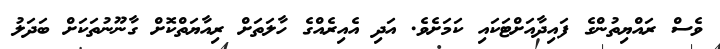
ވެސް ރައްޔިތުންގެ ފައިދާއަށްޓަކައި ކަމަށެވެ. އަދި އެއިރެއްގެ ހާލަތަށް ރިއާޔަތްކޮށް ގާނޫނުތަކަށް ބަދަލު